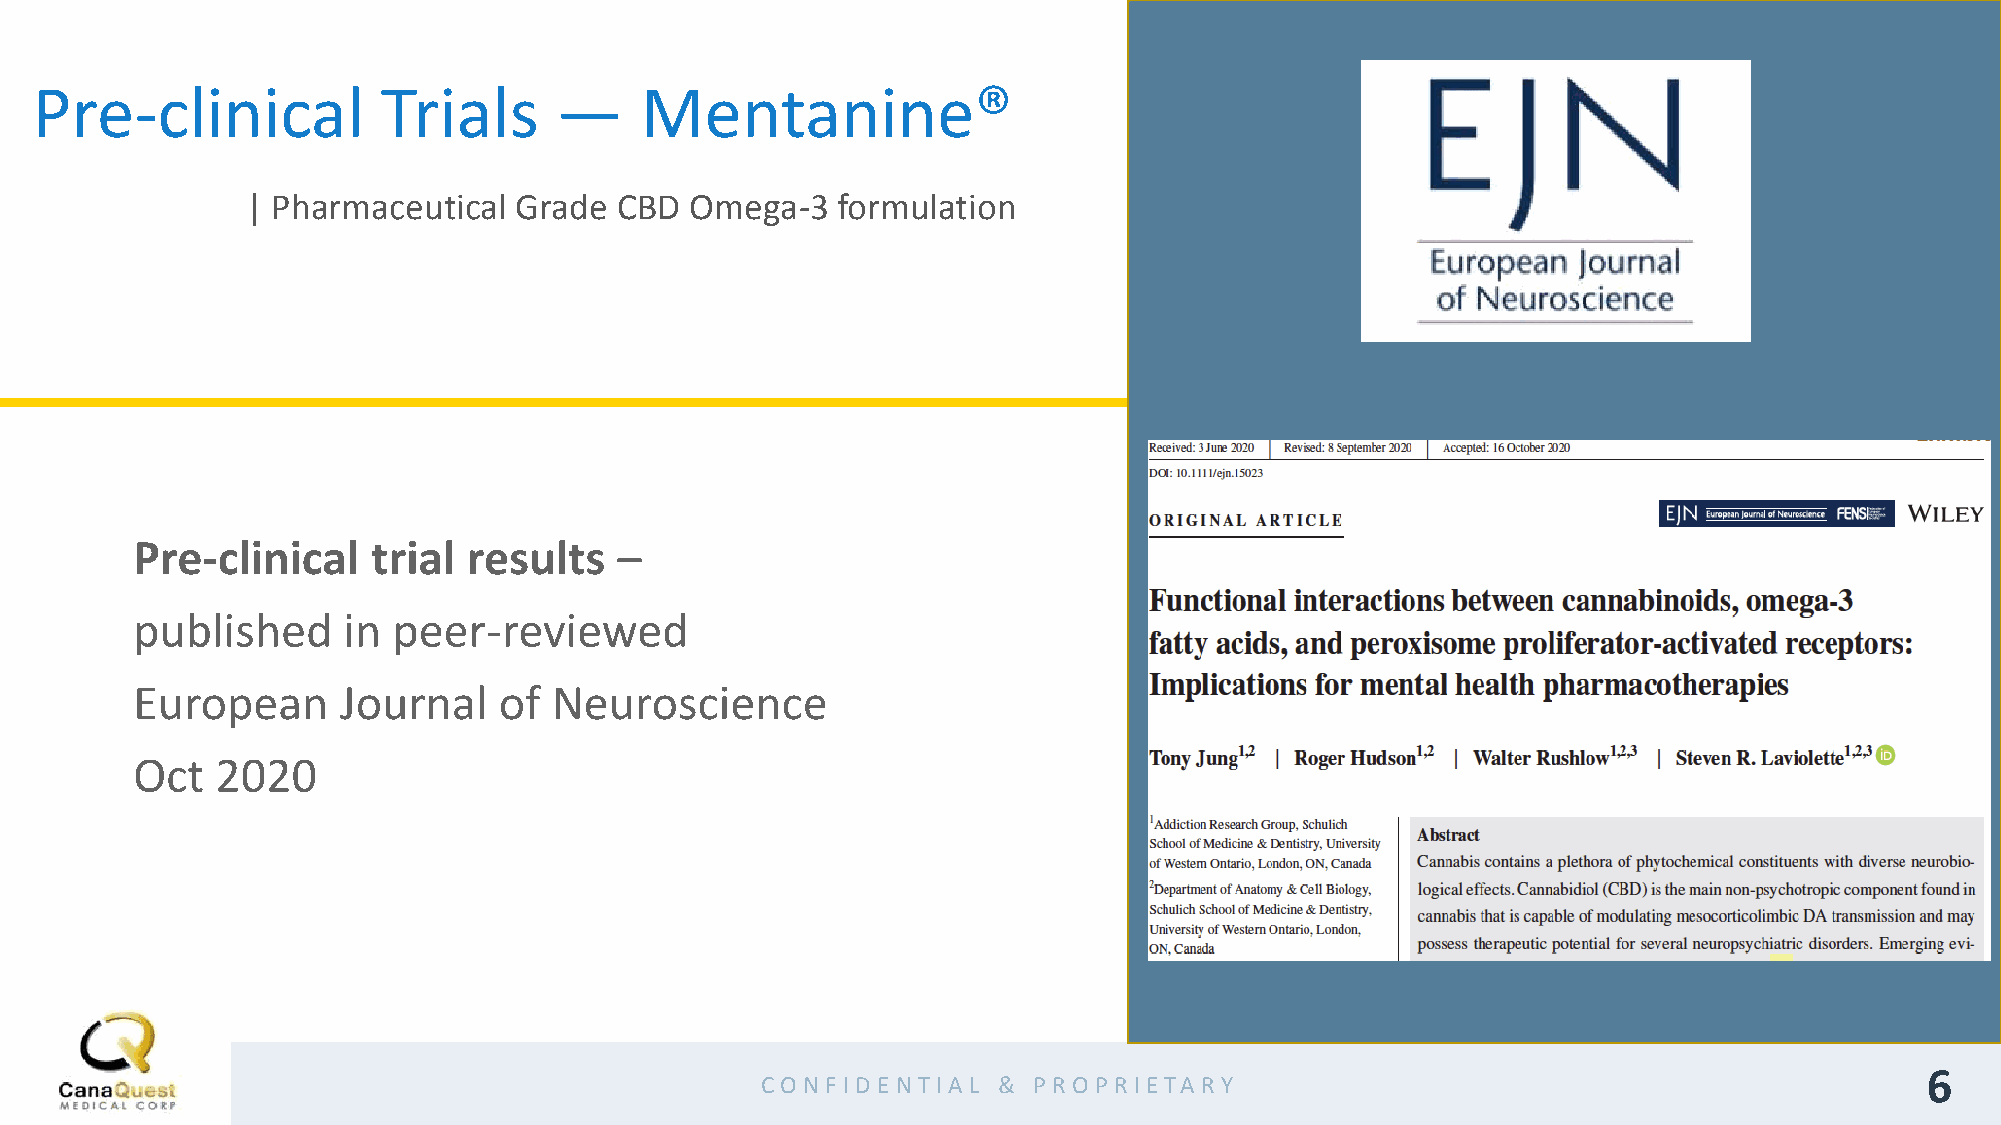
Pre-clinical           Trials      —    Mentanine®
 | Pharmaceutical  Grade  CBD  Omega-3  formulation
 Pre-clinical    trial results   –
 published     in peer-reviewed
 European     Journal    of  Neuroscience
 Oct  2020
 6
 CO N F ID EN TIA L & PRO PR IETA RY